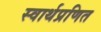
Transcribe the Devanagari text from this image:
स्वार्थप्रणित